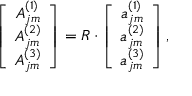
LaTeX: \left[ \begin{array} { c } { { A _ { j m } ^ { ( 1 ) } } } \\ { { A _ { j m } ^ { ( 2 ) } } } \\ { { A _ { j m } ^ { ( 3 ) } } } \end{array} \right] = R \cdot \left[ \begin{array} { c } { { a _ { j m } ^ { ( 1 ) } } } \\ { { a _ { j m } ^ { ( 2 ) } } } \\ { { a _ { j m } ^ { ( 3 ) } } } \end{array} \right] ,